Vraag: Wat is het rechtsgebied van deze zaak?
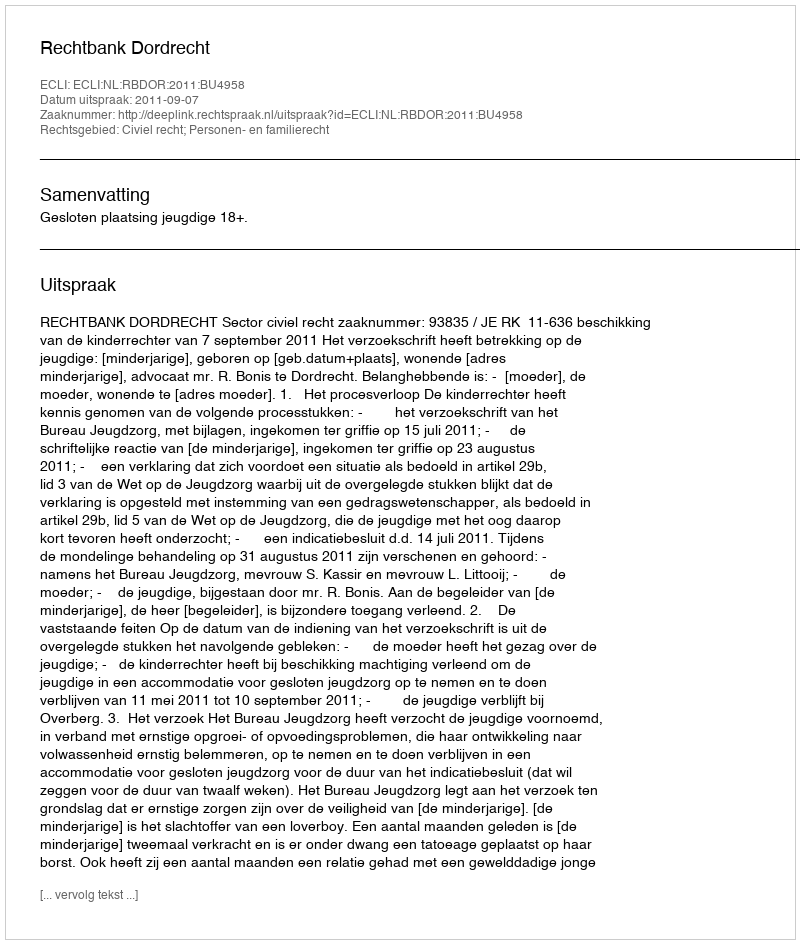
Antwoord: Civiel recht; Personen- en familierecht